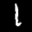
Label: 1